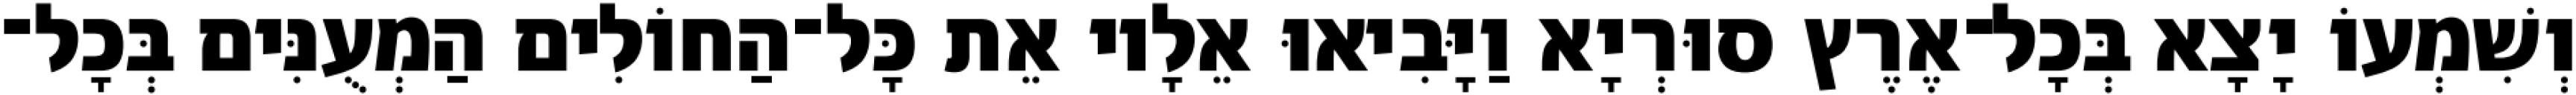
וְשִׁמְעוֹ יָצָא בְּכָל־אֶרֶץ סוּרְיָא וַיָּבִיאוּ אֵלָיו אֵת כָּל־הַחוֹלִים הַמְעֻנִּים בְּכָל־